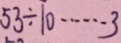
5 3 \div 1 0 \cdots 3